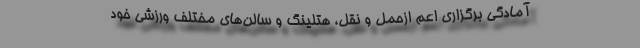
آمادگی برگزاری اعم ازحمل و نقل، هتلینگ و سالن‌های مختلف ورزشی خود